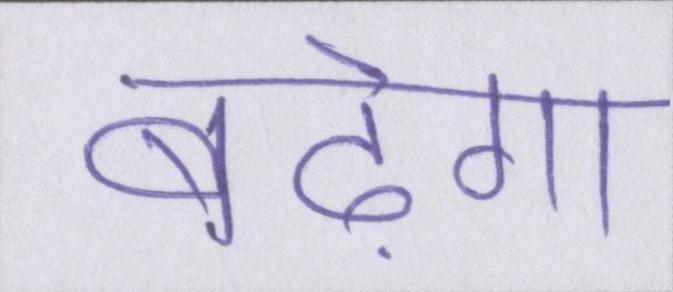
बढ़ेगा